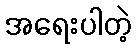
အရေးပါတဲ့